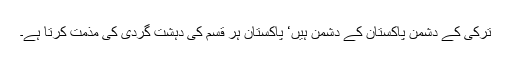
ترکی کے دشمن پاکستان کے دشمن ہیں‘ پاکستان ہر قسم کی دہشت گردی کی مذمت کرتا ہے۔